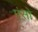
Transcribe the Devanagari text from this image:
एंसो